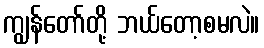
ကျွန်တော်တို့ ဘယ်တော့စမလဲ။